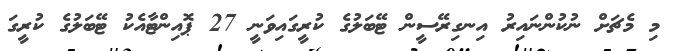
މި މެޗަށް ނުކުންނައިރު އިނގިރޭސީން ޓޭބަލުގެ ކުރީގައިވަނީ 27 ޕޮއިންޓާއެކު ޓޭބަލުގެ ކުރީގަ